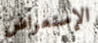
الإستعراض